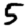
Digit: 5